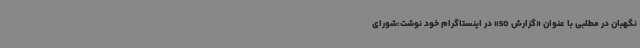
نگهبان در مطلبی با عنوان «گزارش 50» در اینستاگرام خود نوشت:شورای